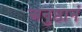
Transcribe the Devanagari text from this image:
अनुष्ठानं